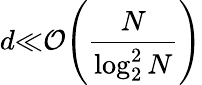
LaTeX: d{\ll}\mathcal{O}{\left(\frac{N}{\log_{2}^{2}N}\right)}